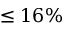
\leq 1 6 \%